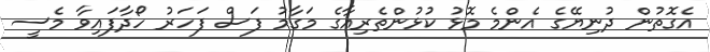
އެގޮތުން ދުނިޔޭގެ އެންމެ މޮޅު ކުޅުންތެރިއާގެ މަގާމު ފަސް ފަހަރު ހޯދާފައިވާ މެސީ